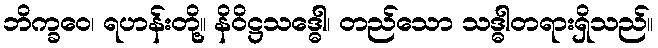
ဘိက္ခဝေ၊ ရဟန်းတို့။ နိဝိဋ္ဌသဒ္ဓေါ၊ တည်သော သဒ္ဓါတရားရှိသည်။